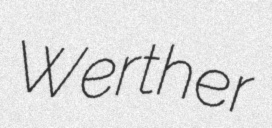
Werther